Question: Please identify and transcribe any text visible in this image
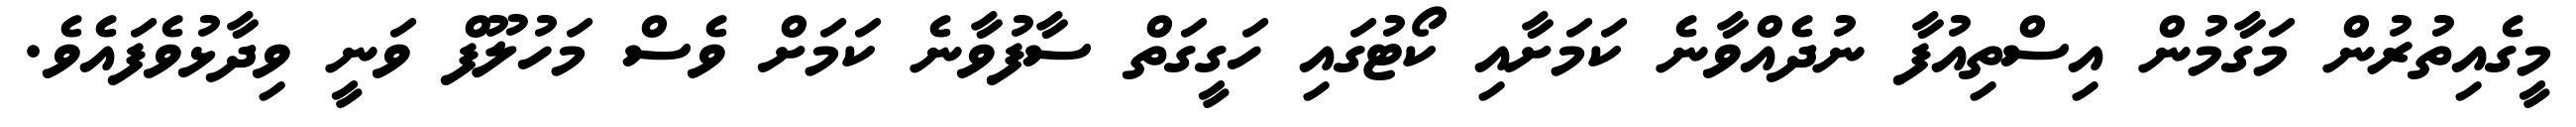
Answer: މީގެއިތުރުން މަގާމުން އިސްތިއުފާ ނުދެއްވާނެ ކަމަށާއި ކޯޓުގައި ހަގީގަތް ސާފުވާނެ ކަމަށް ވެސް މަހުލޫފް ވަނީ ވިދާޅުވެފައެވެ.